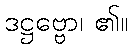
ဒဋ္ဌဗ္ဗော၊ ၏။